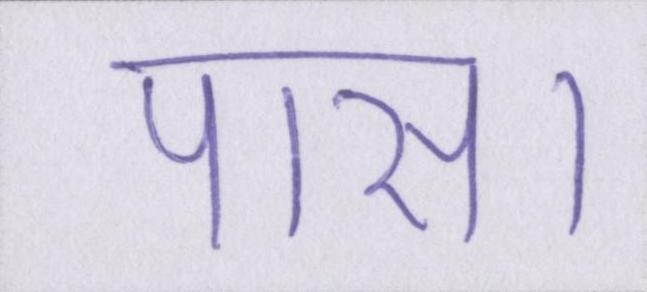
पास।